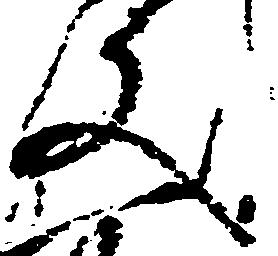
文